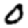
Digit: 0